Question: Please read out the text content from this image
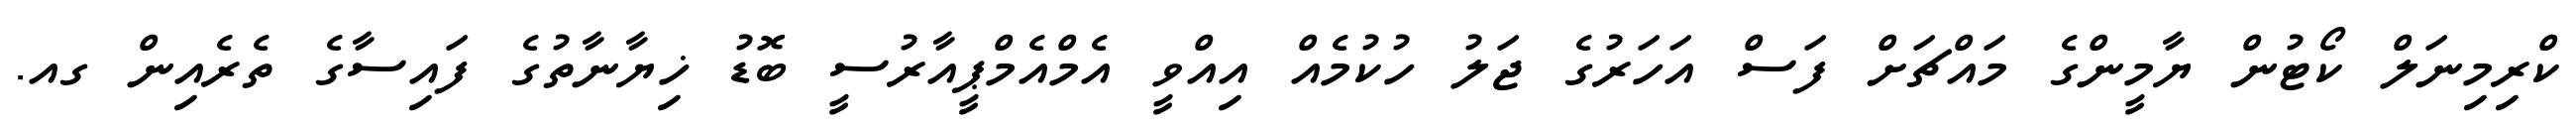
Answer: ކްރިމިނަލް ކޯޓުން ޔާމީންގެ މައްޗަށް ފަސް އަހަރުގެ ޖަލު ހުކުމެއް އިއްވީ އެމްއެމްޕީއާރުސީ ބޮޑު ޚިޔާނާތުގެ ފައިސާގެ ތެރެއިން ގއ.